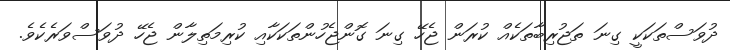
ދުވަސްތަކަކީ ގިނަ ތަޖުރިބާތަކެއް ކުރަން ޖެހޭ ގިނަ ގޮންޖެހުންތަކަކާއި ކުރިމަތިލާން ޖެހޭ ދުވަސްވަރެކެވެ.